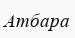
Атбара